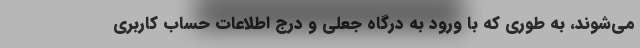
می‌شوند، به طوری که با ورود به درگاه جعلی و درج اطلاعات حساب کاربری